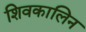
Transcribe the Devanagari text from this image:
शिवकालिन